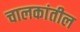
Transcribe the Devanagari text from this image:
चालकांतील